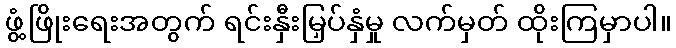
ဖွံ့ဖြိုးရေးအတွက် ရင်းနှီးမြှပ်နှံမှု လက်မှတ် ထိုးကြမှာပါ။